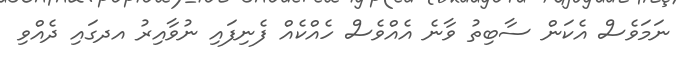
ނަމަވެސް އެކަން ސާބިތު ވާނެ އެއްވެސް ހެއްކެއް ފެނިފައި ނުވާއިރު އދގައި ދެއްވި